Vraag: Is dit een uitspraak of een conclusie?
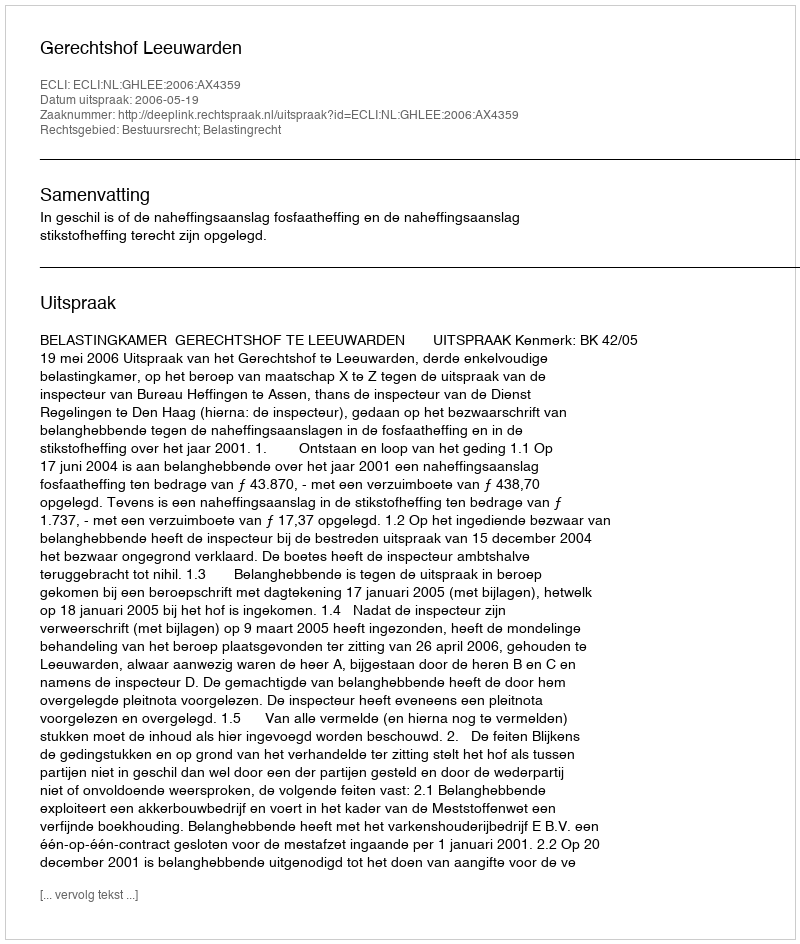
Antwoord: Uitspraak